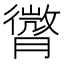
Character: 𦡒